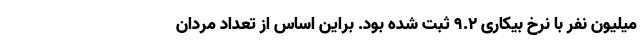
میلیون نفر با نرخ بیکاری ۹.۲ ثبت شده بود. براین اساس از تعداد مردان